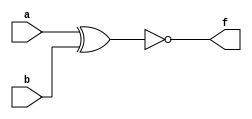
module complex_logic_gate(
    input wire a,
    input wire b,
    output wire f
);

wire net1, net2, net3;

// First logic block (AND)
and gate1(net1, a, b);

// Second logic block (OR)
or gate2(net2, a, b);

// Third logic block (XOR)
xor gate3(net3, a, b);

// Final NOT operation on the output
not inv(f, net3);

endmodule